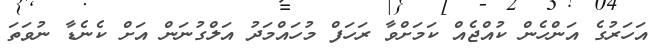
އަހަރުގެ އަންހެން ކުއްޖެއް ކަމަށްވާ ރަހަފް މުހައްމަދު އަލްގުނަން އަށް ކެނެޑާ ނުވަތަ